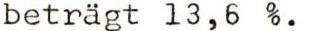
beträgt 13,6 %.